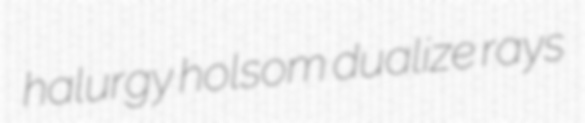
halurgy holsom dualize rays